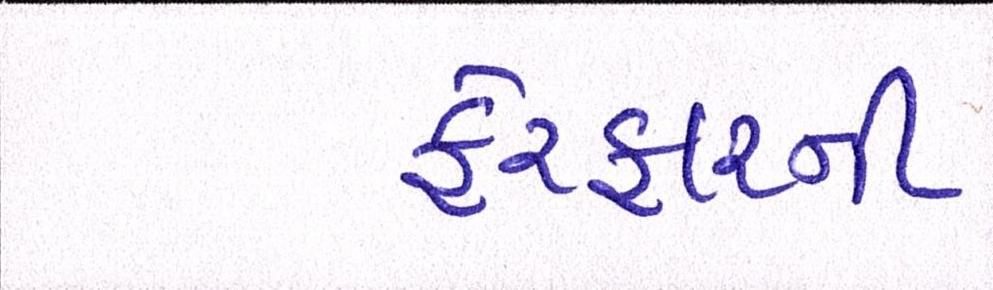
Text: ફેરફારની